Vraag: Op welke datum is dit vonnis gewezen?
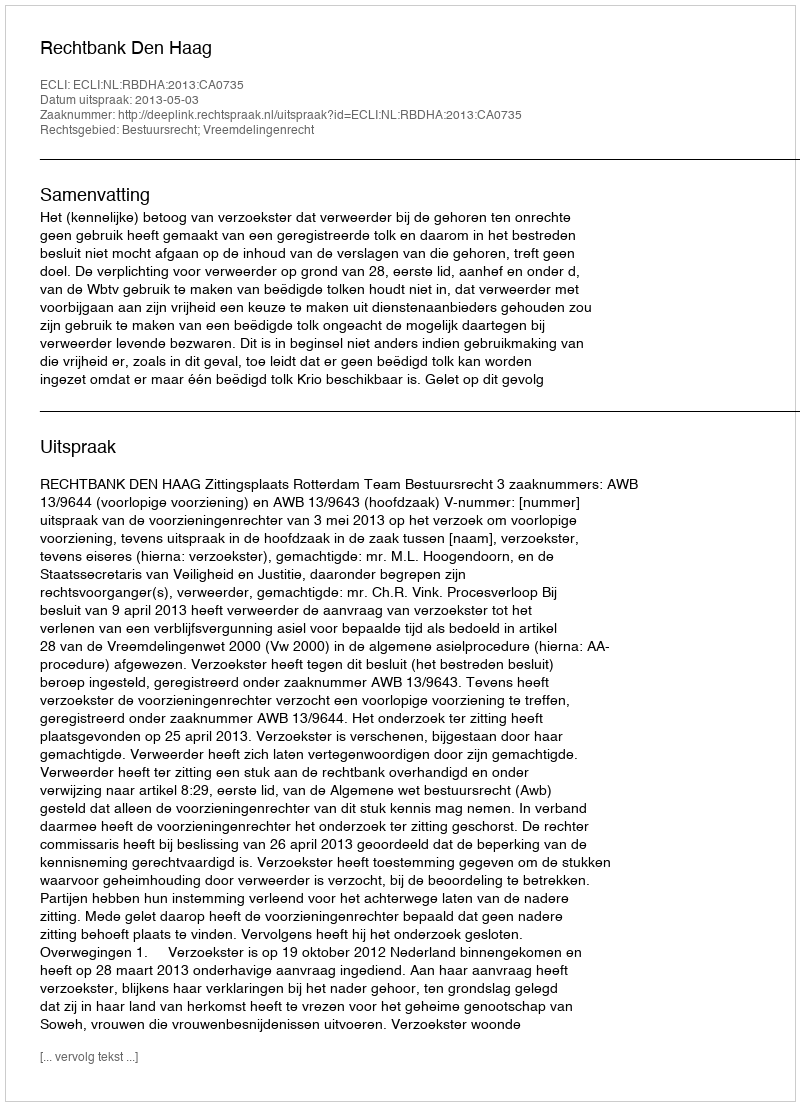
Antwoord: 2013-05-03